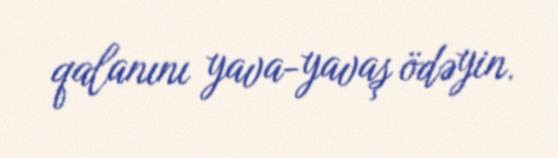
qalanını yava-yavaş ödəyin.